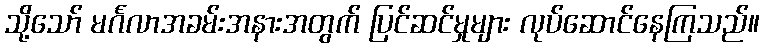
သို့သော် မင်္ဂလာအခမ်းအနားအတွက် ပြင်ဆင်မှုများ လုပ်ဆောင်နေကြသည်။